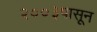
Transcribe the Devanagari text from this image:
२००३पासून